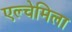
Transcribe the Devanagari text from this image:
एल्चेमिला